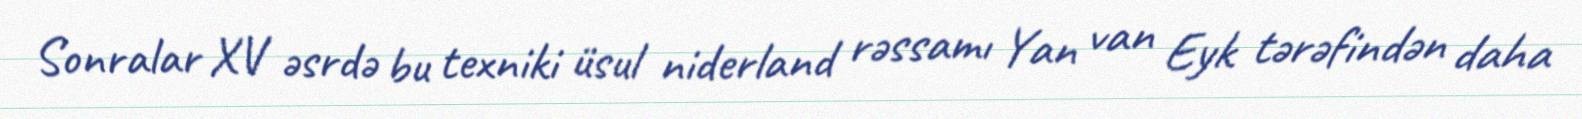
Sonralar XV əsrdə bu texniki üsul niderland rəssamı Yan van Eyk tərəfindən daha